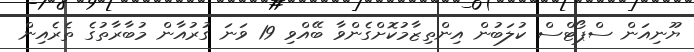
ޔޫނިއަން ސްޕޯޓްސް ކުލަބުން އިންތިޒާމުކޮށްގެންވާ ބޭއްވި 19 ވަނަ ގުރުއާން މުބާރާތުގެ ތެރެއިން